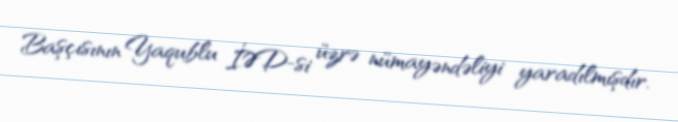
Başçısının Yaqublu İƏD-si üzrə nümayəndəliyi yaradılmışdır.